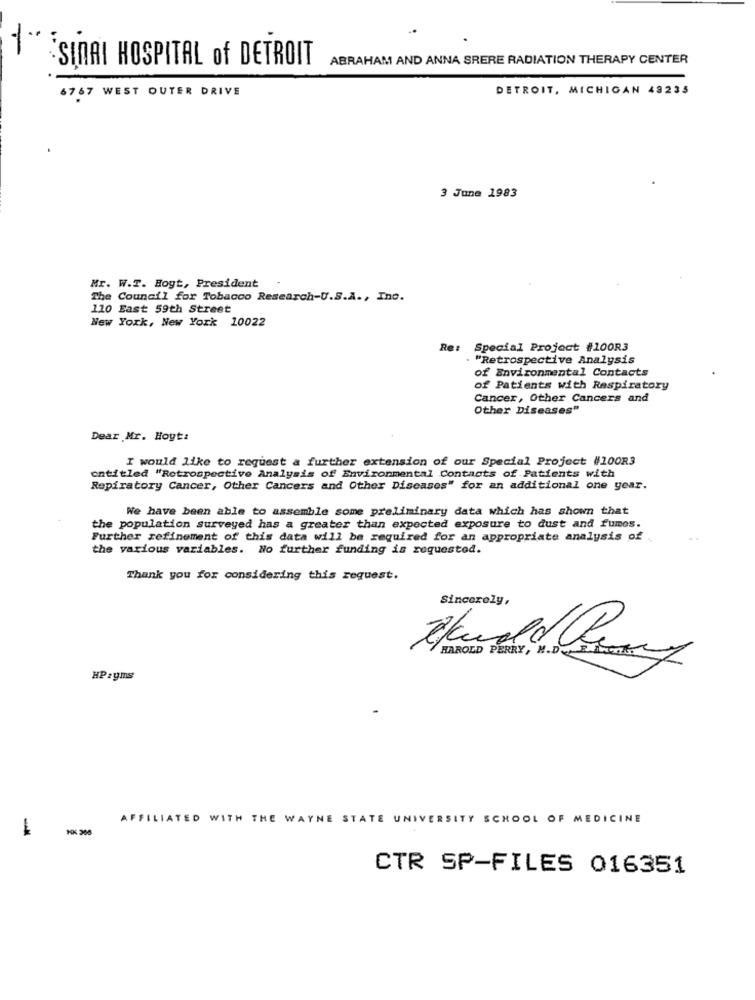
ABRAHAM AND ANNA SRERE RADIATION THERAPY CENTER
SINAI HOSPITAL of DETROIT
6767 WEST OUTER DRIVE
DETROIT, MICHIGAN 43235
3 June 1983
Mr. W.T. Hoyt, President
The Council for Tobacco Research-U.S.A ., Inc.
110 East 59th Street
New York, New York 10022
Re: Special Project #100R3
"Retrospective Analysis
of Environmental Contacts
of Patients with Respiratory
Cancer, Other Cancers and
Other Diseases"
Dear Mr. Hoyt:
I would like to request a further extension of our Special Project #100R3
entitled "Retrospective Analysis of Environmental Contacts of Patients with
Repiratory Cancer, Other Cancers and Other Diseases" for an additional one year.
We have been able to assemble some preliminary data which has shown that
the population surveyed has a greater than expected exposure to dust and fumes.
Further refinement of this data will be required for an appropriate analysis of .
the various variables. No further funding is requested.
Thank you for considering this request.
Sincerely,
HAROLD PERRY, W.D.
HPryms
AFFILIATED WITH THE WAYNE STATE UNIVERSITY SCHOOL OF MEDICINE
-
CTR SP-FILES 016351